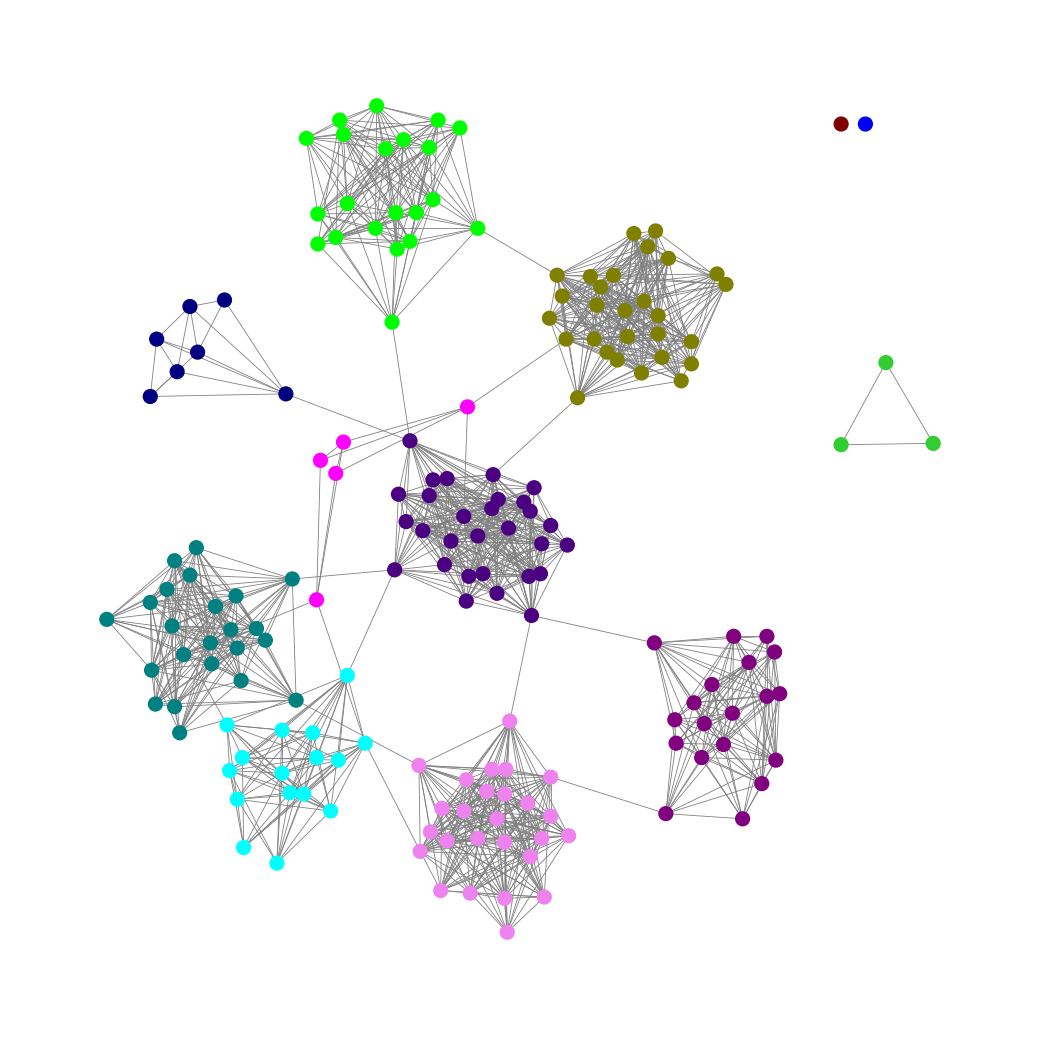
Graph connected: No
Number of connected components: 4
Number of singletons: 2
Total number of nodes: 179
Total number of edges: 1359
Number of communities: 12
Community sizes:
Aqua: 16
Blue: 1
Fuchsia: 5
Indigo: 29
Lime: 21
Lime Green: 3
Maroon: 1
Navy: 7
Olive: 28
Purple: 19
Teal: 23
Violet: 26
Graph layout: tda
Graph generation method: erdos_renyi